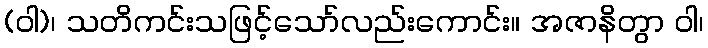
(ဝါ)၊ သတိကင်းသဖြင့်သော်လည်းကောင်း။ အဇာနိတွာ ဝါ၊